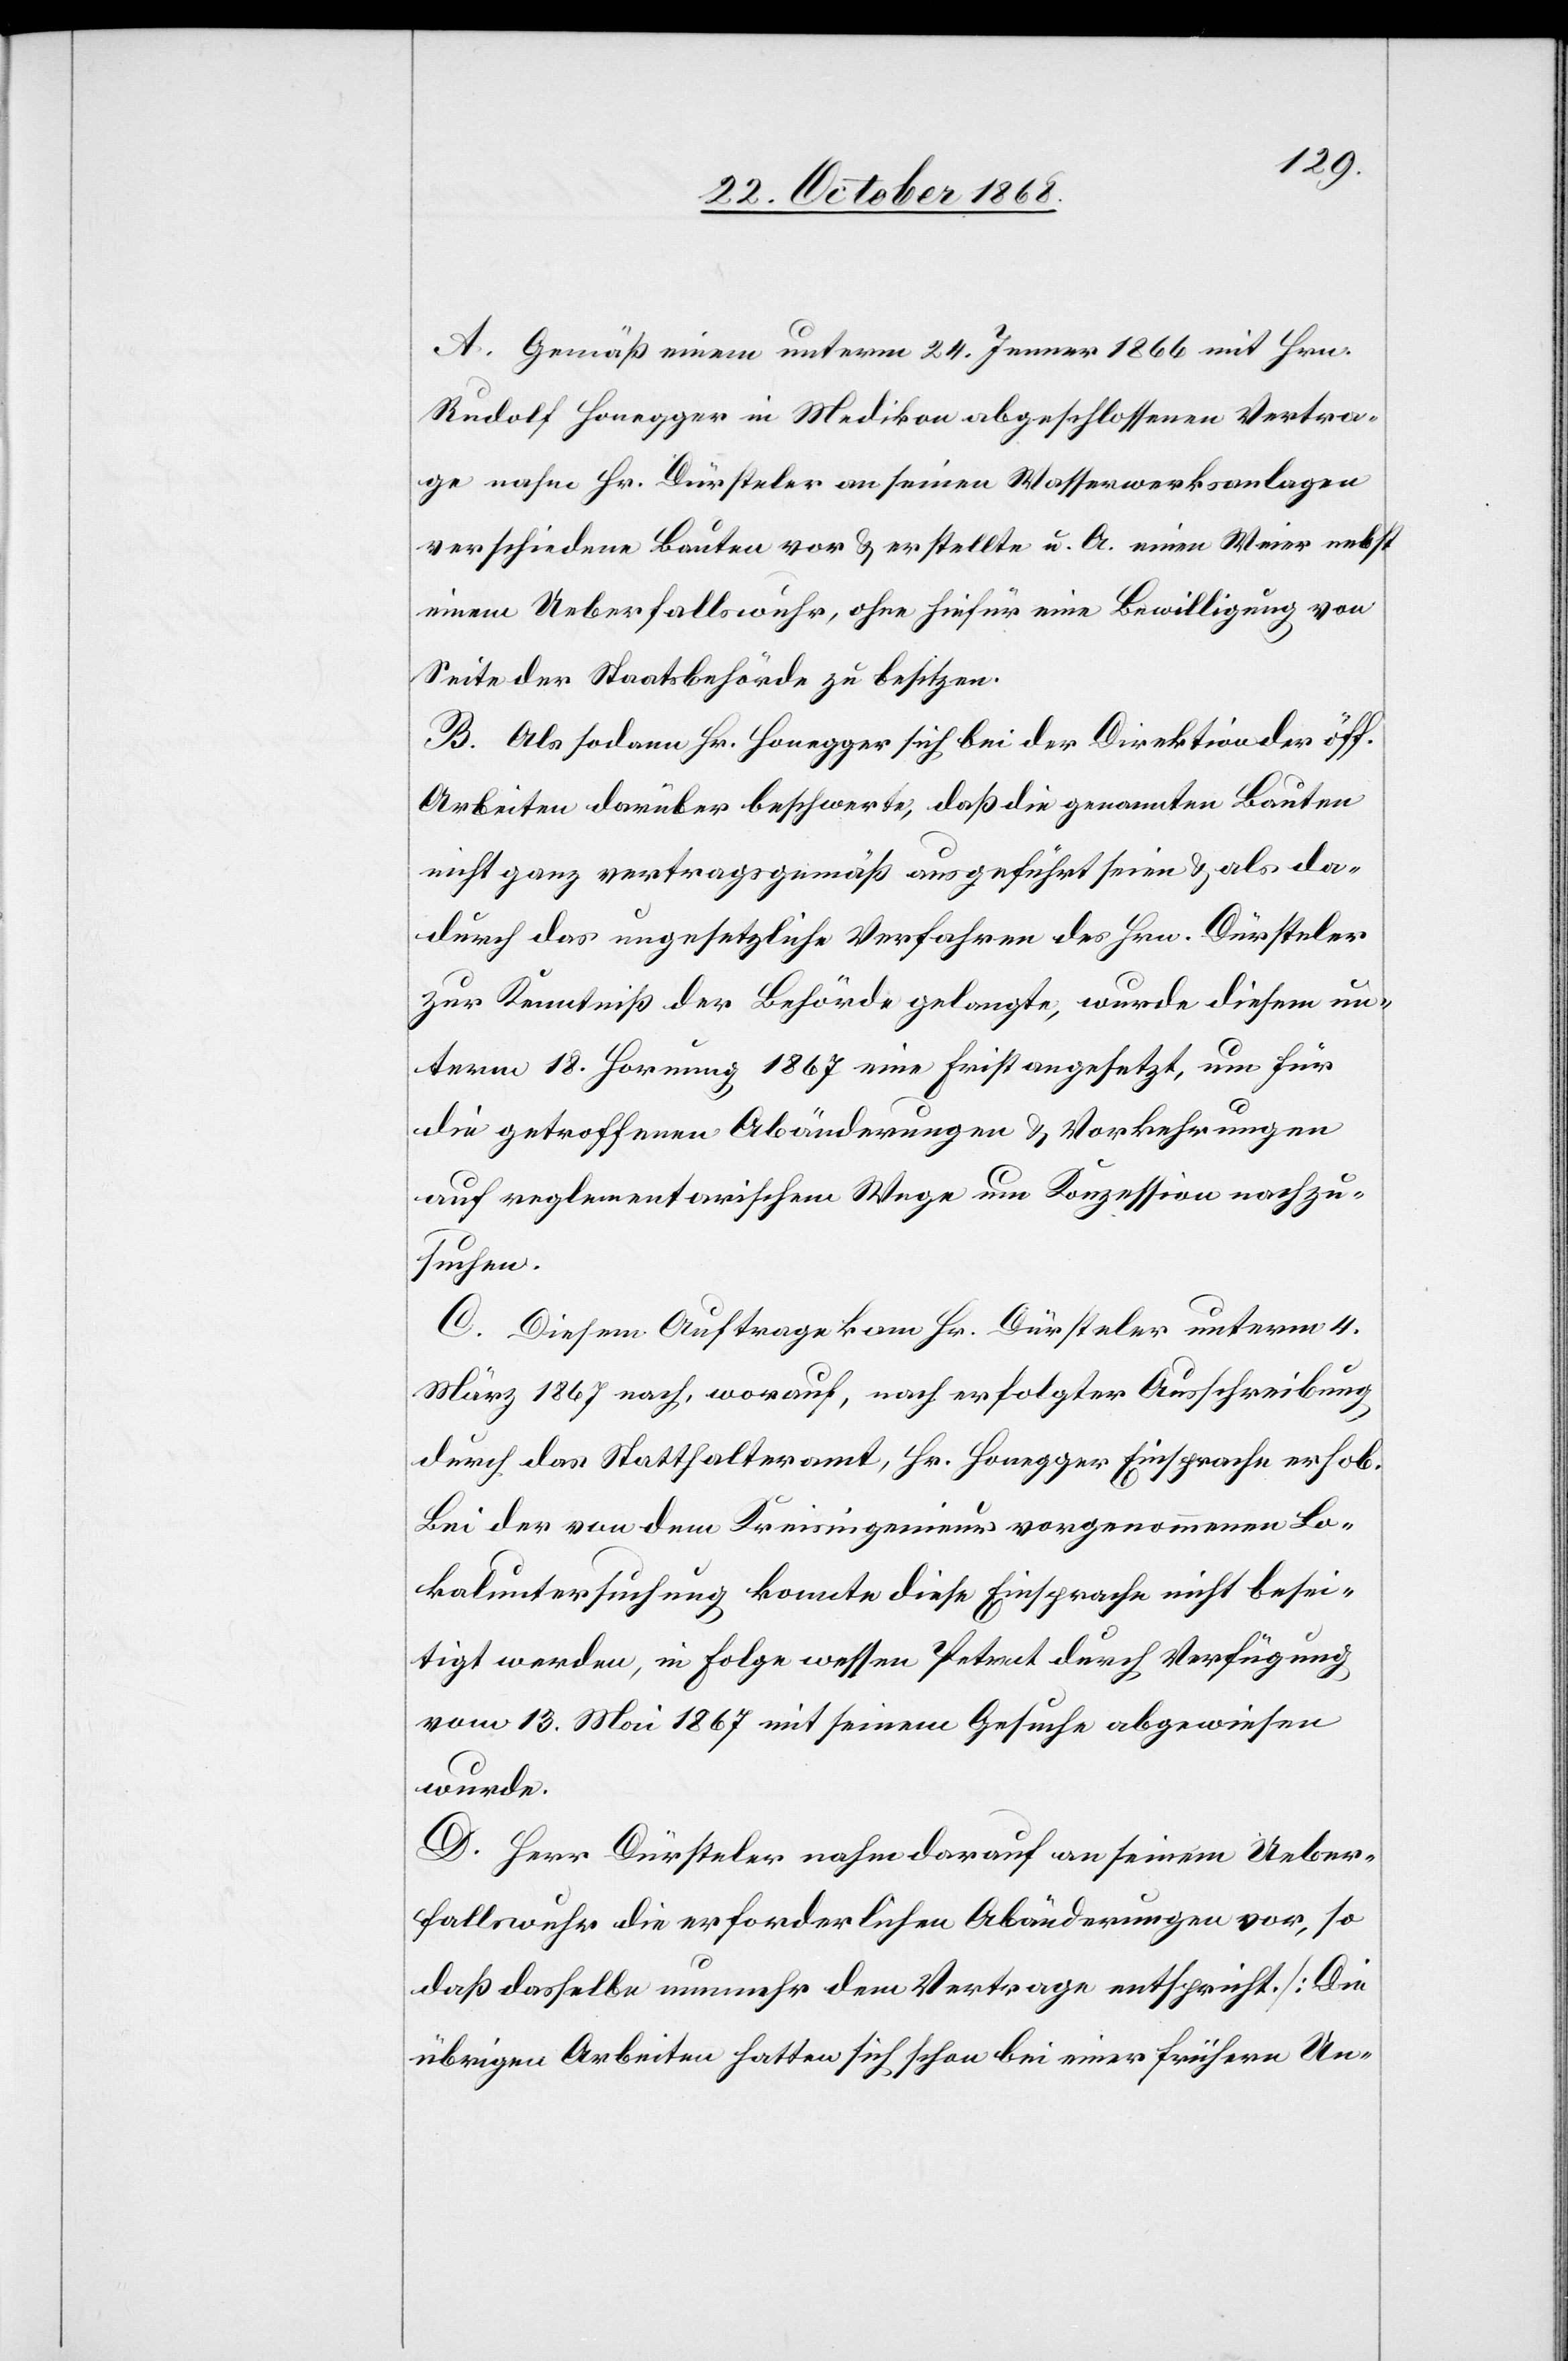
A. Gemäß einem unterm 24. Jenner 1866 mit Hrn.
Rudolf Honegger in Medikon abgeschlossenen Vertra¬
ge nahm Hr. Dürsteler an seinen Wasserwerksanlagen
verschiedene Bauten vor & erstellte u. A. einen Weier nebst
einem Ueberfallswuhr, ohne hiefür eine Bewilligung von
Seite der Staatsbehörde zu besitzen.
B. Als sodann Hr. Honegger sich bei der Direktion der öff.
Arbeiten darüber beschwerte, daß die genannten Bauten
nicht ganz vertragsgemäß ausgeführt seien & als da¬
durch das ungesetzliche Verfahren des Hrn. Dürsteler
zur Kenntniß der Behörde gelangte, wurde diesem un¬
term 18. Hornung 1867 eine Frist angesetzt, um für
die getroffenen Abänderungen & Vorkehrungen
auf reglementarischem Wege um Konzession nachzu¬
suchen.
C. Diesem Auftrage kam Hr. Dürsteler unterm 4.
März 1867 nach, worauf, nach erfolgter Ausschreibung
durch das Statthalteramt, Hr. Honegger Einsprache erhob.
Bei der von dem Kreisingenieur vorgenommenen Lo¬
kaluntersuchung konnte diese Einsprache nicht besei¬
tigt werden, in Folge wessen Petent durch Verfügung
vom 13. Mai 1867 mit seinem Gesuche abgewiesen
wurde.
D. Herr Dürsteler nahm darauf an seinem Ueber¬
fallswuhr die erforderlichen Abänderungen vor, so
daß dasselbe nunmehr dem Vertrage entspricht. [Die
übrigen Arbeiten hatten sich schon bei einer frühern Un-